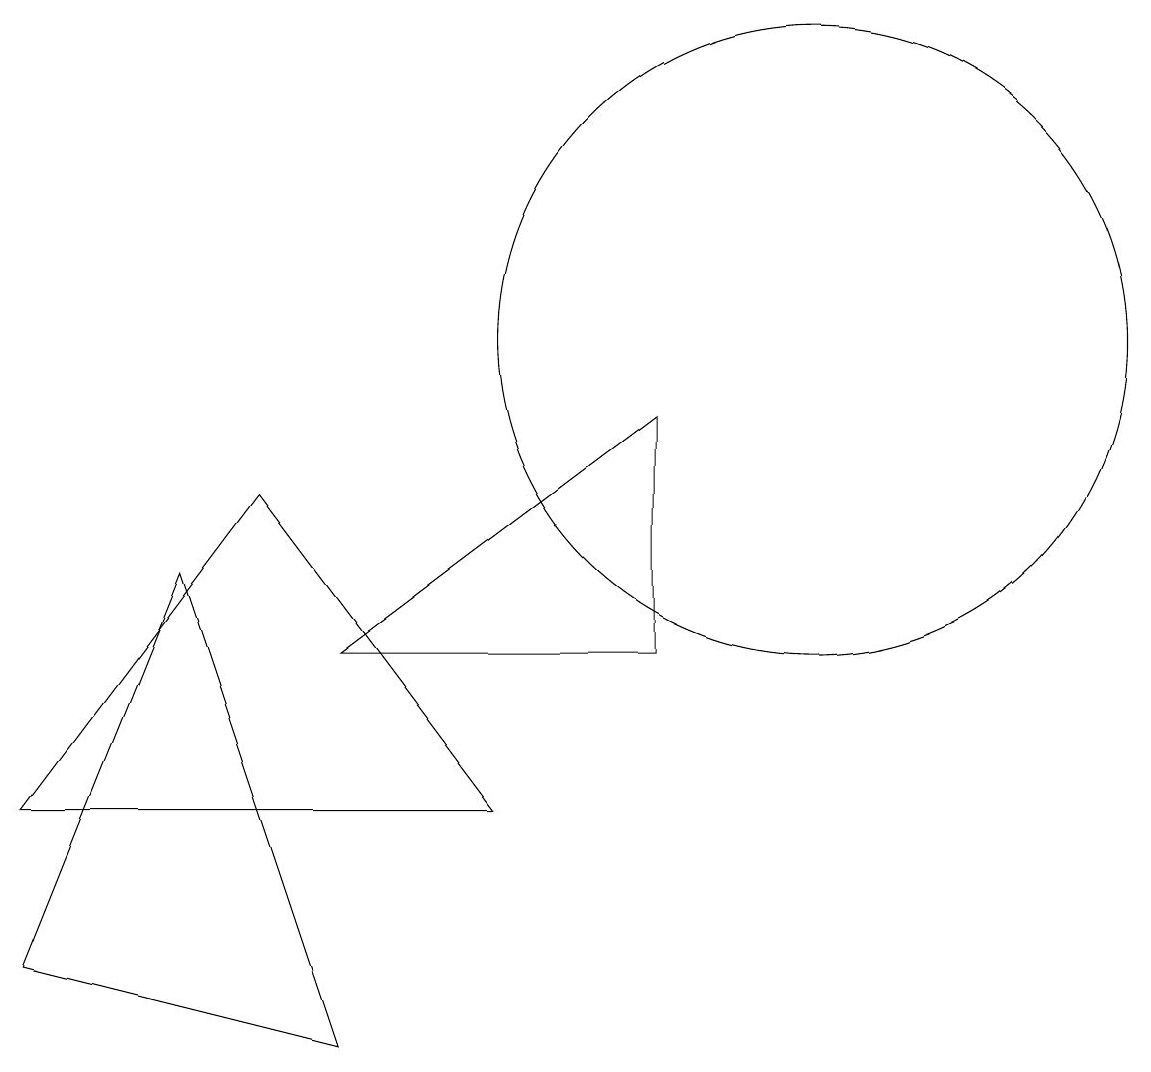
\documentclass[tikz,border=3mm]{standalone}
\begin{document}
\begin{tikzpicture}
\draw (11,10) circle (4);
\draw (5,1) -- (1,2) -- (3,7) -- cycle;
\draw (9,6) -- (9,9) -- (5,6) -- cycle;
\draw (1,4) -- (4,8) -- (7,4) -- cycle;
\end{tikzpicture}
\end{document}